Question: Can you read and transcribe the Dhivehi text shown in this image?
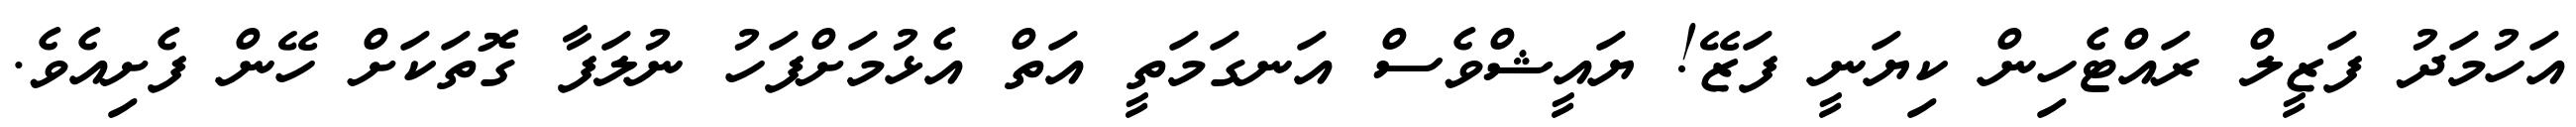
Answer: އަހުމަދު ފަޒީލް ރައްޓެހިން ކިޔަނީ ފަޒޭ! ޔައީޝްވެސް އަނގަމަތީ އަތް އެޅުމަށްފަހު ނުލަފާ ގޮތަކަށް ހޭން ފެށިއެވެ.